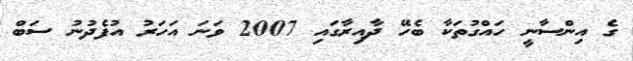
ގެ އިންސާނީ ހައްގުތަކާ ބެހޭ ދާއިރާގައި 2007 ވަނަ އަހަރު އުފެދުނު ސަބް